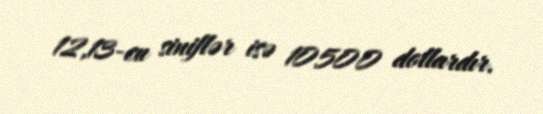
12,13-cu siniflər isə 10500 dollardır.